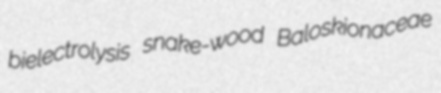
bielectrolysis snake-wood Baloskionaceae